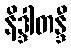
နိဒ္ဒါတန္ဒီ